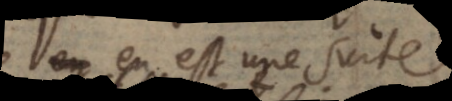
en est une suite,